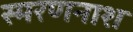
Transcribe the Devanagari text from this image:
स्मरणनाश